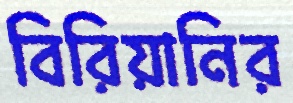
বিরিয়ানির